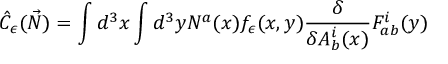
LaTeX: \hat { \cal C } _ { \epsilon } ( \vec { N } ) = \int d ^ { 3 } x \int d ^ { 3 } y N ^ { a } ( x ) f _ { \epsilon } ( x , y ) { \frac { \delta } { \delta A _ { b } ^ { i } ( x ) } } F _ { a b } ^ { i } ( y )